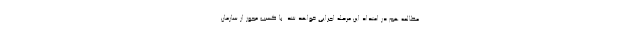
مطالعه هم در امتداد این مرحله اجرایی خواهد شد. با کسب مجوز از سازمان